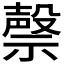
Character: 𮂐